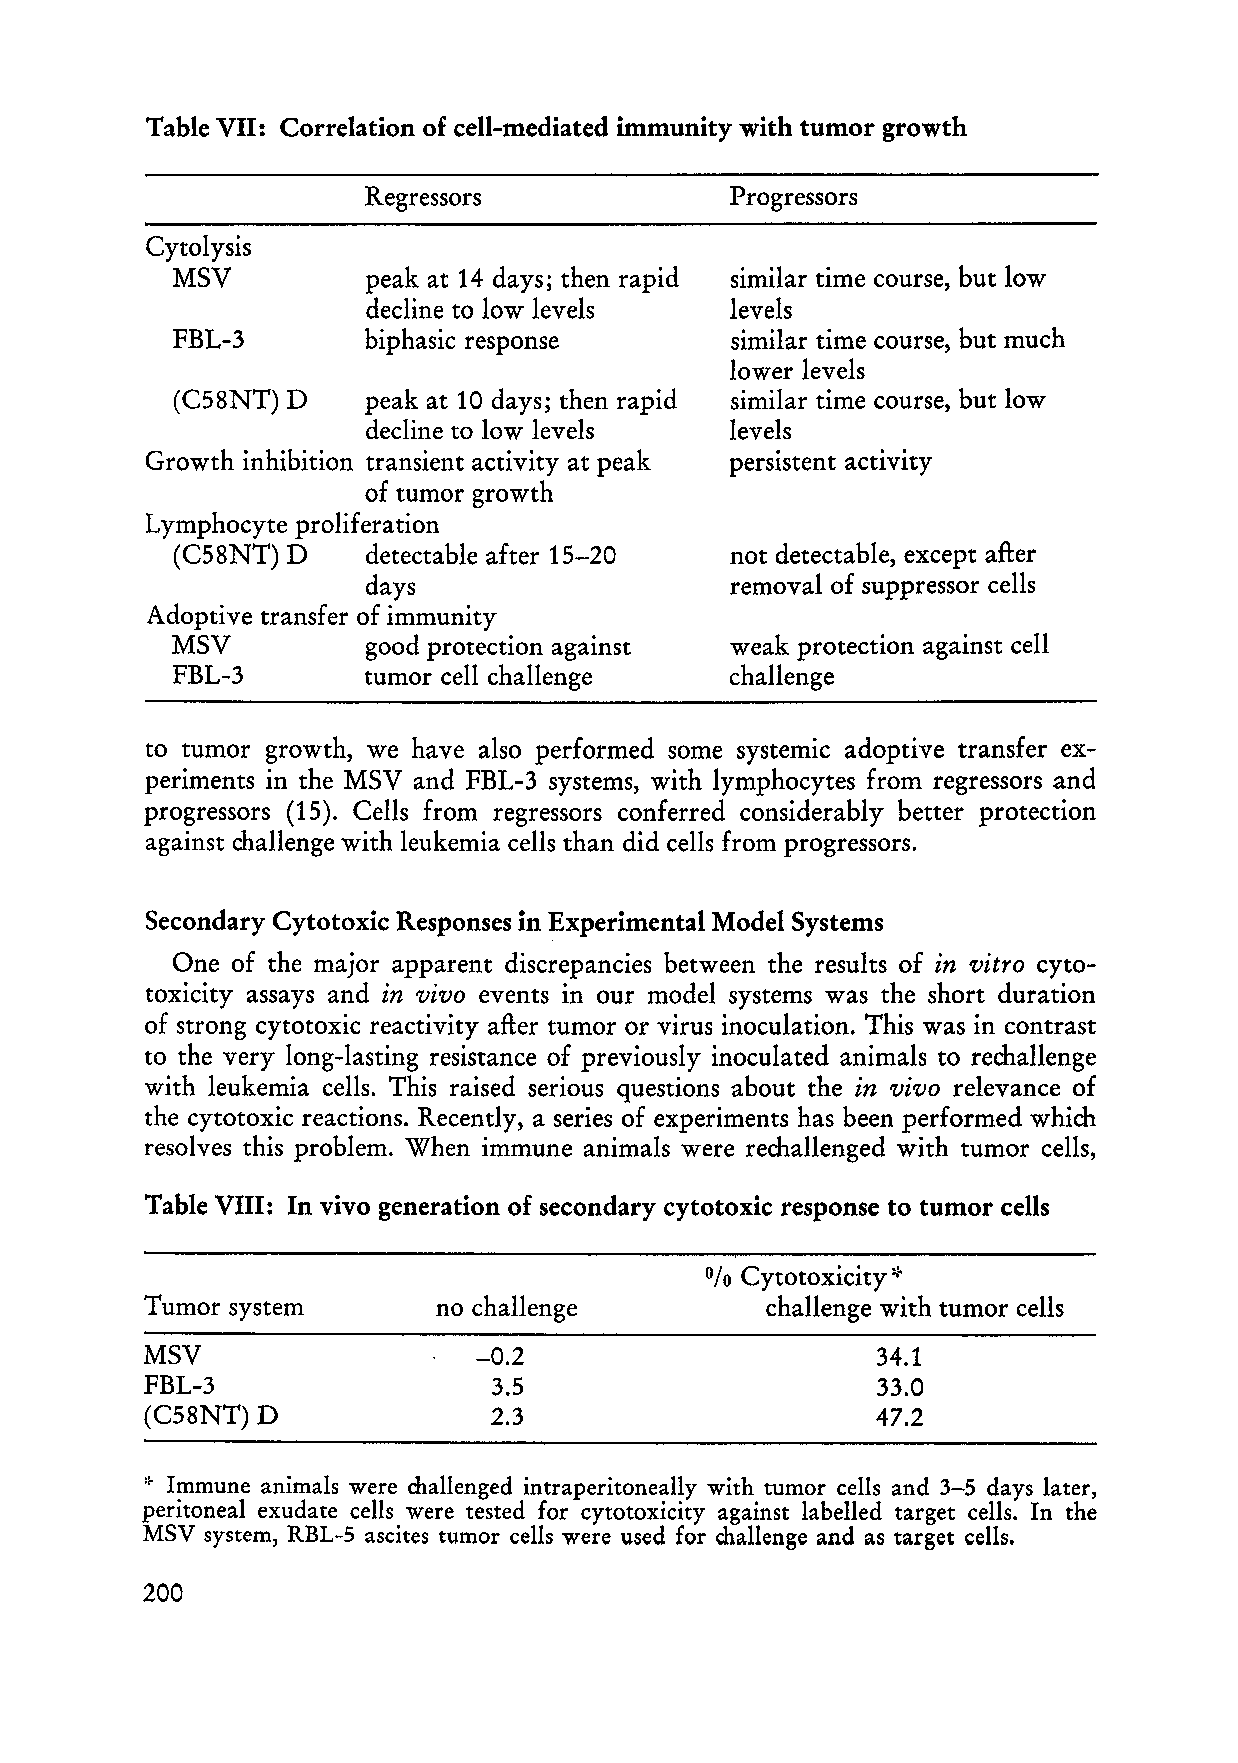
Table VII: Correlation of cell-mediated immunity with tumor growth
 Regressors              Progressors
 Cytolysis
 MSV          peak at 14 days; then rapid similar time course, but low
 decline to low levels   levels
 FBL-3        biphasic response       similar time course, but much
 lower levels
 (C58NT) D    peak at 10 days; then rapid similar time course, but low
 decline to low levels   levels
 Growth inhibition transient activity at peak persistent activity
 of tumor growth
 Lymphocyte proliferation
 (C58NT) D    detectable after 15-20  not detectable, except after
 days                    removal of suppressor cells
 Adoptive transfer of immunity
 MSV          good protection against weak protection against cell
 FBL-3        tumor cell challenge    challenge
 to tumor growth, we have also performed some systemic adoptive transfer ex
 periments in the MSV and FBL-3 systems, with lymphocytes from regressors and
 progressors (15). Cells from regressors conferred considerably better protection
 against challenge with leukemia cells than did cells from progressors.
 Secondary Cytotoxic Responses in Experimental Model Systems
 One of the major apparent discrepancies between the results of in vitro cyto
 toxicity assays and in vivo events in our model systems was the short duration
 of strong cytotoxic reactivity after tumor or virus inoculation. This was in contrast
 to the very long-lasting resistance of previously inoculated animals to rechallenge
 with leukemia cells. This raised serious questions about the in vivo relevance of
 the cytotoxic reactions. Recently, aseries of experiments has been performed which
 resolves this problem. When immune animals were rechallenged with tumor cells,
 Table VIII: In vivo generation of secondary cytotoxic response to tumor cells
 0/0 Cytotoxicity:'~
 Tumor system       no challenge          challenge with tumor cells
 MSV                   -0.2                       34.1
 FBL-3                  3.5                      33.0
 (C58NT) D             2.3                       47.2
 ,~ Immune animals were challenged intraperitoneally with tumor cells and 3-5 days later,
 peritoneal exudate cells were tested for cytotoxicity against labelIed target cells. In the
 MSV system, RBL-5 ascites tumor cells were used for challenge and as target cells.
 200